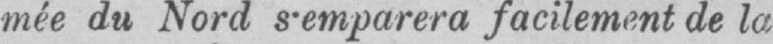
facilement de la-